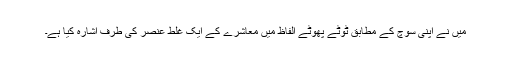
میں نے اپنی سوچ کے مطابق ٹوٹے پھوٹے الفاظ میں معاشرے کے ایک غلط عنصر کی طرف اشارہ کیا ہے۔